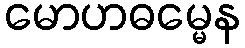
မောဟဓမ္မေန